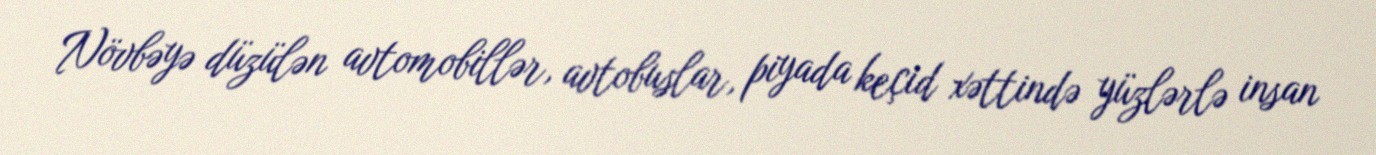
Növbəyə düzülən avtomobillər, avtobuslar, piyada keçid xəttində yüzlərlə insan